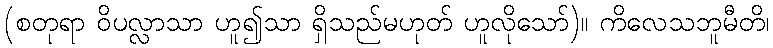
(စတုရာ ဝိပလ္လာသာ ဟူ၍သာ ရှိသည်မဟုတ် ဟူလိုသော်)။ ကိလေသဘူမီတိ၊